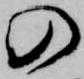
の